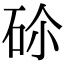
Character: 𥑒